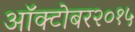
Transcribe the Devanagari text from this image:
ऑक्टोबर२०१५